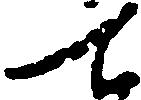
て